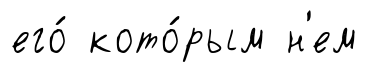
его́ кото́рым н'ем